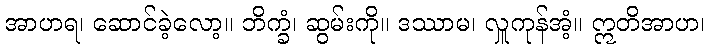
အာဟရ၊ ဆောင်ခဲ့လော့။ ဘိက္ခံ၊ ဆွမ်းကို။ ဒဿာမ၊ လှူကုန်အံ့။ ဣတိအာဟ၊